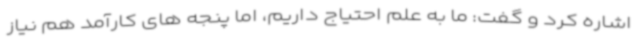
اشاره کرد و گفت: ما به علم احتیاج داریم، اما پنجه های کارآمد هم نیاز